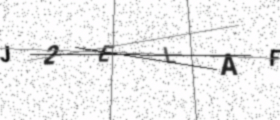
Text: J2ELAF